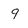
Character: 9